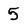
Character: 5